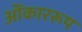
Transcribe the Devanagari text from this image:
ओंकाररूप